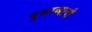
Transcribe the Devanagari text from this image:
पुरूरव्याची